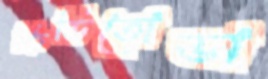
কিভিতোভা